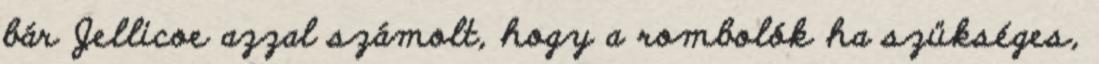
bár Jellicoe azzal számolt, hogy a rombolók ha szükséges,